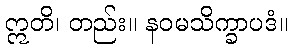
ဣတိ၊ တည်း။ နဝမသိက္ခာပဒံ။